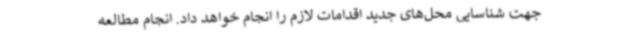
جهت شناسایی محل‌های جدید اقدامات لازم را انجام خواهد داد. انجام مطالعه